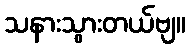
သနားသွားတယ်ဗျ။